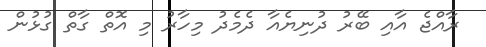
ރާއްޖެ އާއި ބޭރު ދުނިޔެއާ ދެމެދު މިހާރު މި އޮތް ގާތް ގުޅުން